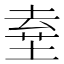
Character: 𡍊